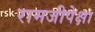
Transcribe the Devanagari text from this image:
रामजीपेक्षा